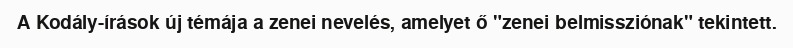
A Kodály-írások új témája a zenei nevelés, amelyet ő "zenei belmissziónak" tekintett.